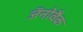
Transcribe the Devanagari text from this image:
जॅनोवैक